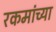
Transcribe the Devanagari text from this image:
रकमांच्या